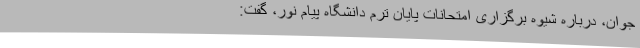
جوان، درباره شیوه برگزاری امتحانات پایان ترم دانشگاه پیام نور، گفت: